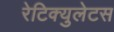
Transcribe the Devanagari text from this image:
रेटिक्युलेटस